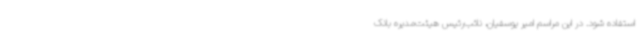
استفاده شود. در این مراسم امیر یوسفیان، نائب‌رئیس هیئت‌مدیره بانک